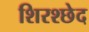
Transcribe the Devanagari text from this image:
शिरश्छेद